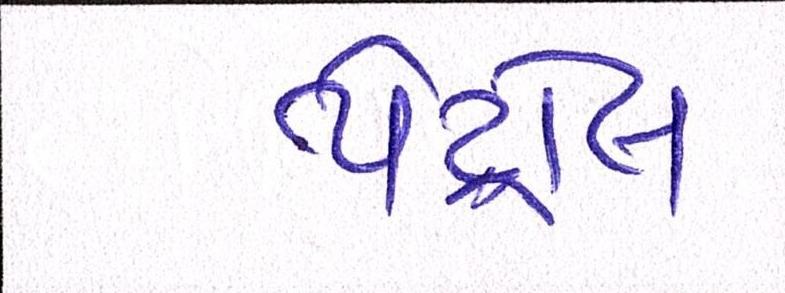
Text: પેટ્રોલ